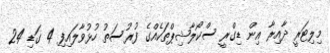
މިލިޓަރީ ދާއިރާ އިން ޑިގްރީ ސްކޯލާޝިޕްތަކެއްގެ ފުރުސަތު ހުޅުވާލައިފި 4 ގަޑި 24